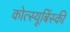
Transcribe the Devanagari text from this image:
कोत्स्यूबिंस्की